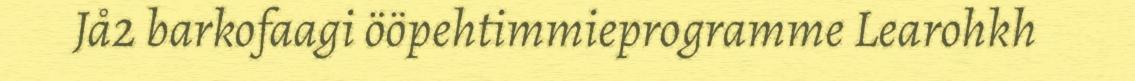
Jå2 barkofaagi ööpehtimmieprogramme Learohkh